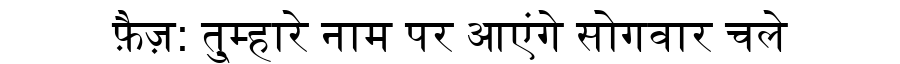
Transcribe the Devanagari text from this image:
फ़ैज़: तु्म्हारे नाम पर आएंगे सोगवार चले